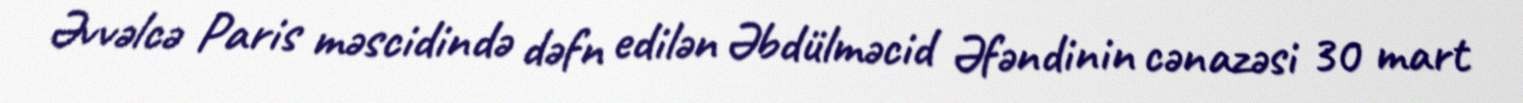
Əvvəlcə Paris məscidində dəfn edilən Əbdülməcid Əfəndinin cənazəsi 30 mart